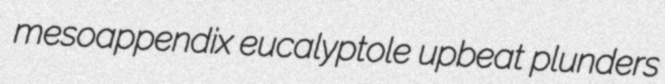
mesoappendix eucalyptole upbeat plunders